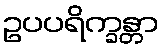
ဥပပရိက္ခန္တာ